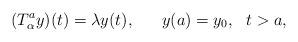
LaTeX: \begin{align*}(T_\alpha ^a y)(t)= \lambda y(t),~~~~~ y(a)=y_0, ~~t>a,\end{align*}